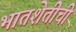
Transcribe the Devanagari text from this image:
भातशेतीची